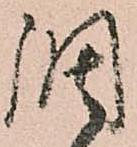
調